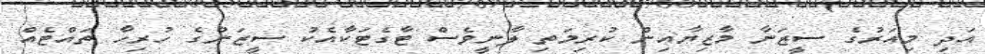
އަދި މިއަރުގެ ސީޒަނާ މާޒިޔާއިން ކުރިމަތި ލާނީވެސް ޓާގެޓަކާއެކު ސީޒަންގެ ހުރިހާ ތައްޓެއް